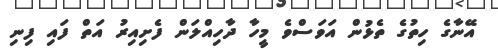
އޭނާގެ ހިތުގެ ތެޅުން އަވަސްވެ މީހާ ދާހިއްލަން ފެށިއިރު އަތް ފައި ފިނި